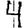
Digit: 4